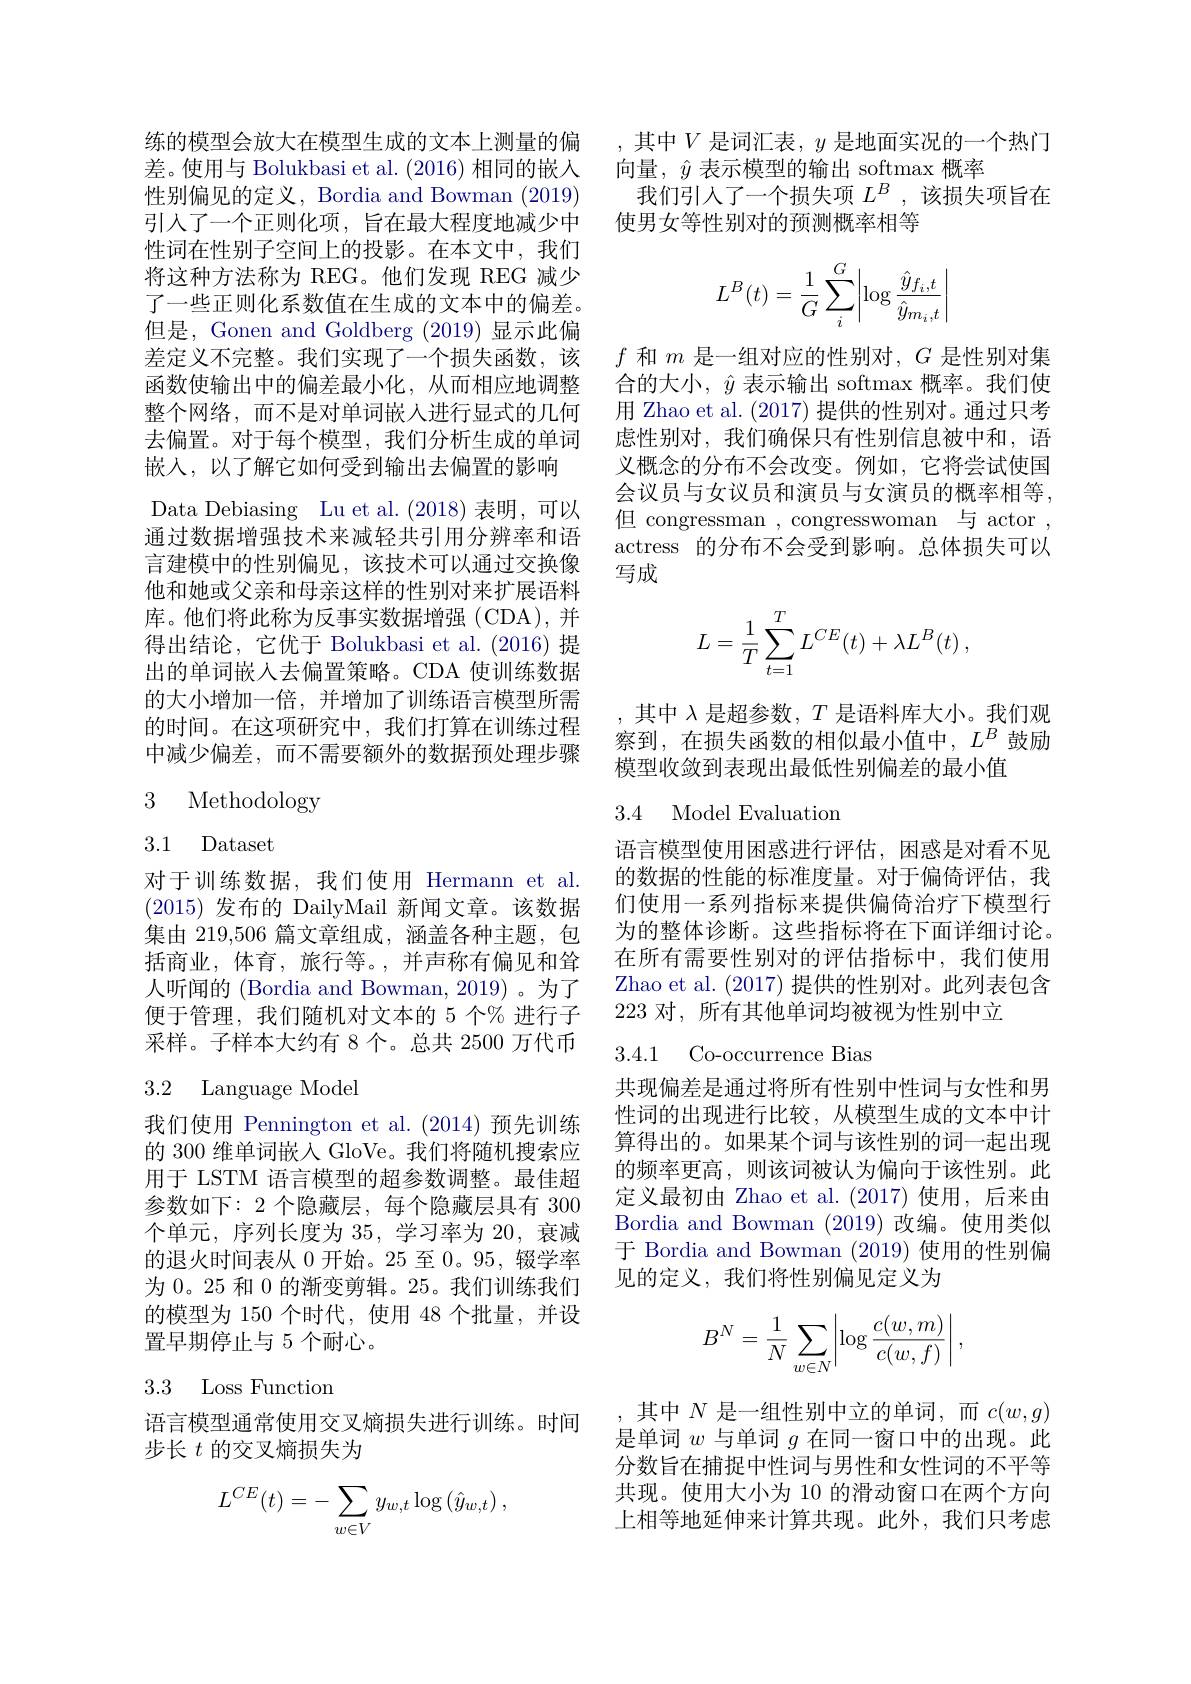
差。使用与 Bolukbasi et al. (2016) 相同的嵌入性别偏见的定义，Bordia and Bowman (2019) 引入了一个正则化项，旨在最大程度地减少中性词在性别子空间上的投影。在本文中，我们将这种方法称为 REG。他们发现 REG 减少了一些正则化系数值在生成的文本中的偏差。但是，Gonen and Goldberg (2019)显示此偏差定义不完整。我们实现了一个损失函数，该函数使输出中的偏差最小化，从而相应地调整整个网络，而不是对单词嵌入进行显式的几何去偏置。对于每个模型，我们分析生成的单词嵌入，以了解它如何受到输出去偏置的影响
Data Debiasing Lu et al.(2018)表明，可以通过数据增强技术来减轻共引用分辨率和语言建模中的性别偏见，该技术可以通过交换像他和她或父亲和母亲这样的性别对来扩展语料库。他们将此称为反事实数据增强(CDA),并得出结论，它优于 Bolukbasi et al.(2016) 提出的单词嵌入去偏置策略。CDA 使训练数据的大小增加一倍，并增加了训练语言模型所需的时间。在这项研究中，我们打算在训练过程中减少偏差，而不需要额外的数据预处理步骤

# 3 Methodology

3.1 Dataset

对于训练数据，我们使用 Hermann et al. (2015)发布的 DailyMail 新闻文章。该数据集由 219,506 篇文章组成，涵盖各种主题，包括商业，体育，旅行等。,并声称有偏见和耸人听闻的 (Bordia and Bowman, 2019) 。为了便于管理，我们随机对文本的 5 个% 进行子采样。子样本大约有 8个。总共 2500 万代币

## 3.2 Language Model

我们使用 Pennington et al.(2014)预先训练的 300 维单词嵌入 GloVe。我们将随机搜索应用于 LSTM 语言模型的超参数调整。最佳超参数如下：2 个隐藏层，每个隐藏层具有 300个单元，序列长度为 35, 学习率为 20, 衰减的退火时间表从 0 开始。25 至0。95, 辍学率为 0。25 和 0 的渐变剪辑。25。我们训练我们的模型为 150 个时代，使用 48 个批量，并设置早期停止与 5 个耐心。

## 3.3 Loss Function

语言模型通常使用交叉熵损失进行训练。时间
步长$t$的交叉熵损失为
$$L^{CE}(t)=-\sum_{w\in V}y_{w,t}\log\left(\hat{y}_{w,t}\right),$$
练的模型会放大在模型生成的文本上测量的偏 ,其中$V$是词汇表，$y$是地面实况的一个热门
向量，$\hat{y}$表示模型的输出 softmax 概率
我们引入了一个损失项$L^B$,该损失项旨在
使男女等性别对的预测概率相等
$$L^B(t)=\dfrac{1}{G}\sum_i^G\left|\log\dfrac{\hat{y}_{f_i,t}}{\hat{y}_{m_i,t}}\right|$$
$f$和$m$是一组对应的性别对$,G$是性别对集合的大小，$\hat{y}$表示输出 softmax 概率。我们使用 Zhao et al. (2017)提供的性别对。通过只考虑性别对，我们确保只有性别信息被中和，语义概念的分布不会改变。例如，它将尝试使国会议员与女议员和演员与女演员的概率相等， 但 congressman , congresswoman 与 actor , actress 的分布不会受到影响。总体损失可以写成
$$L=\frac{1}{T}\sum_{t=1}^{T}L^{CE}(t)+\lambda L^{B}(t)\:,$$
,其中$\lambda$是超参数，$T$是语料库大小。我们观察到，在损失函数的相似最小值中，$L^B$鼓励模型收敛到表现出最低性别偏差的最小值

## 3.4 Model Evaluation

语言模型使用困惑进行评估，困惑是对看不见的数据的性能的标准度量。对于偏倚评估，我们使用一系列指标来提供偏倚治疗下模型行为的整体诊断。这些指标将在下面详细讨论。在所有需要性别对的评估指标中，我们使用Zhao et al. (2017) 提供的性别对。此列表包含223 对，所有其他单词均被视为性别中立

3.4.1 Co-occurrence Bias

共现偏差是通过将所有性别中性词与女性和男性词的出现进行比较，从模型生成的文本中计算得出的。如果某个词与该性别的词一起出现的频率更高，则该词被认为偏向于该性别。此定义最初由 Zhao et al.(2017)使用，后来由Bordia and Bowman (2019) 改编。使用类似于 Bordia and Bowman (2019) 使用的性别偏见的定义，我们将性别偏见定义为
$$B^N=\frac{1}{N}\sum_{w\in N}\left|\log\frac{c(w,m)}{c(w,f)}\right|,$$
,其中$N$是一组性别中立的单词，而$c(w,g)$ 是单词$w$与单词$g$在同一窗口中的出现。此分数旨在捕捉中性词与男性和女性词的不平等共现。使用大小为 10 的滑动窗口在两个方向上相等地延伸来计算共现。此外，我们只考虑